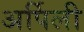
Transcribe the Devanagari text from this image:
अर्पिली